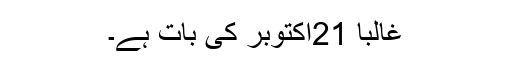
غالباً 21اکتوبر کی بات ہے۔